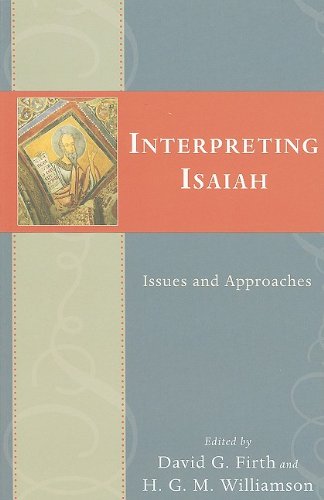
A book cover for Interpreting Isaiah: Issues and Approaches; Christian Books & Bibles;